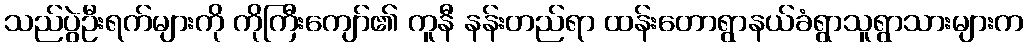
သည်ပွဲဦးရက်များကို ကိုကြီးကျော်၏ ကူနီ နန်းတည်ရာ ထန်းတောရွာနယ်ခံရွာသူရွာသားများက